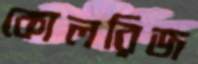
কোলরিজ